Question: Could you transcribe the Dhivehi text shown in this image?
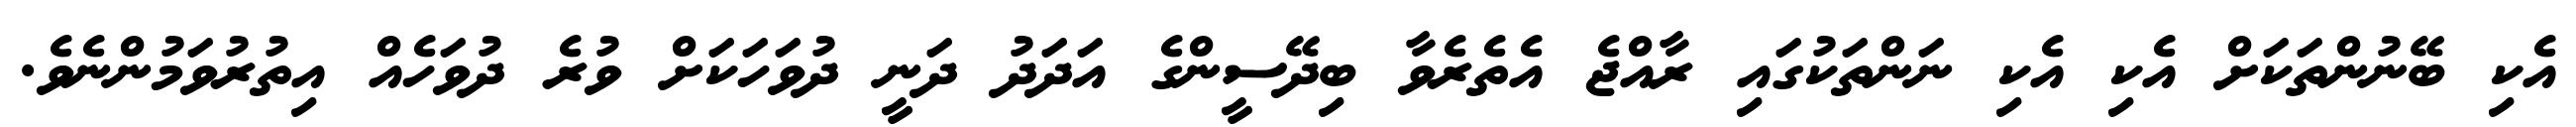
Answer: އެކި ބޭނުންތަކަށް އެކި އެކި ނަންތަކުގައި ރާއްޖެ އެތެރެވާ ބިދޭސީންގެ އަދަދު ދަނީ ދުވަހަކަށް ވުރެ ދުވަހެއް އިތުރުވަމުންނެވެ.